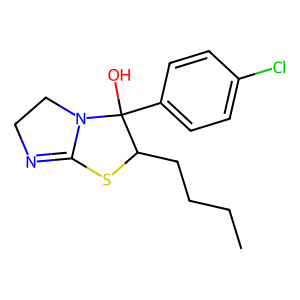
SMILES: CCCCC1SC2=NCCN2C1(O)c1ccc(Cl)cc1
Inhibits HIV replication: No